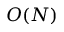
O ( N )